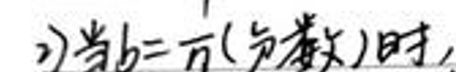
2){当$b = \frac{1}{n}({$负整数){时,